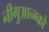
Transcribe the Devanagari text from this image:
नीगुआन्ग्को